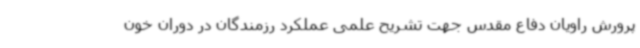
پرورش راویان دفاع مقدس جهت تشریح علمی عملکرد رزمندگان در دوران خون